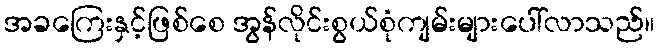
အခကြေးနှင့်ဖြစ်စေ အွန်လိုင်းစွယ်စုံကျမ်းများပေါ်လာသည်။